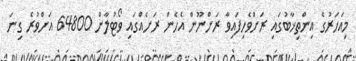
މިއަހަރުގެ އިންތިޚާބުގައި ރަށްވެހިފައިވާ ރަށްނޫން އެހެން ރަށެއްގައި ވޯޓުލާން 64800 އަށްވުރެ ގިނަ